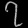
Digit: ၇